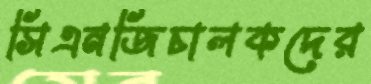
সিএনজিচালকদের